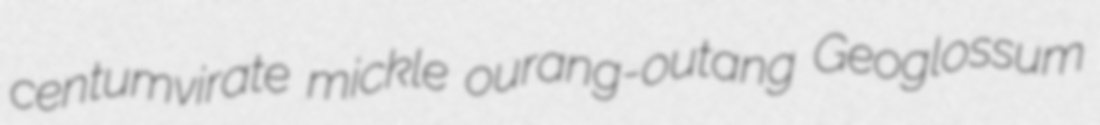
centumvirate mickle ourang-outang Geoglossum